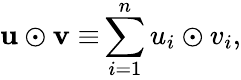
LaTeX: \mathbf{u}\odot\mathbf{v\equiv}\sum_{i=1}^{n}u_{i}\odot v_{i},